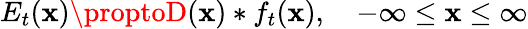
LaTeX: E_{t}(\mathbf{x})\proptoD(\mathbf{x})*f_{t}(\mathbf{x}),\quad-\infty\leq\mathbf{x}\leq\infty